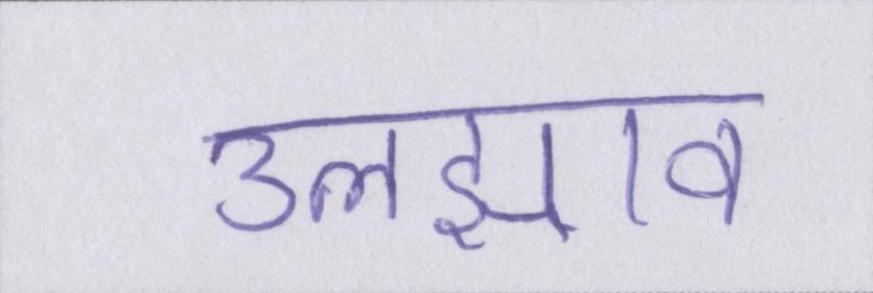
उलझाव